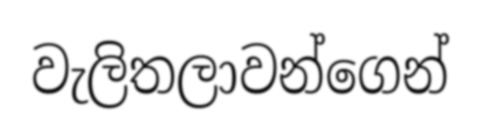
වැලිතලාවන්ගෙන්